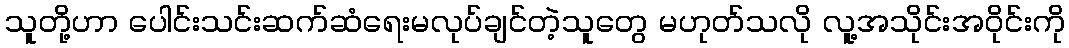
သူတို့ဟာ ပေါင်းသင်းဆက်ဆံရေးမလုပ်ချင်တဲ့သူတွေ မဟုတ်သလို လူ့အသိုင်းအဝိုင်းကို